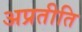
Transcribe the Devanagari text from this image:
अप्रतीति